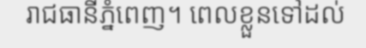
រាជធានីភ្នំពេញ។ ពេលខ្លួនទៅដល់